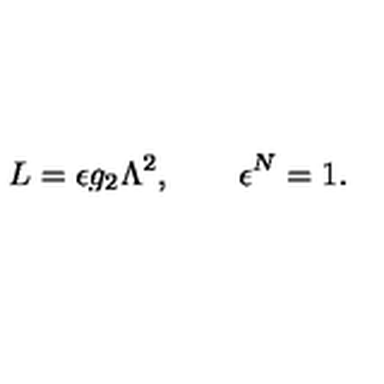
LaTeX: L = \epsilon g _ { 2 } \Lambda ^ { 2 } , \qquad \epsilon ^ { N } = 1 .